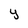
Character: y